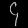
Digit: ၄